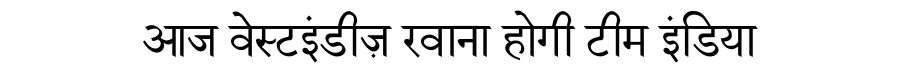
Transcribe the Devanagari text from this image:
आज वेस्टइंडीज़ रवाना होगी टीम इंडिया